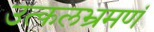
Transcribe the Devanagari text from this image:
उत्कलभ्रमणं